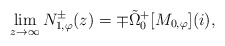
\begin{align*}\lim\limits_{z \rightarrow \infty} N_{1,\varphi}^{\pm}(z) = \mp \tilde{\Omega}_{0}^{+}[M_{0,\varphi}](i),\end{align*}